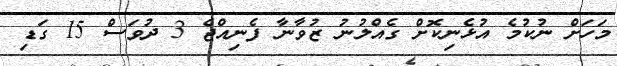
މަހަށް ނުކުމެ އުޅެނިކޮށް ގެއްލުނު ޒުވާނާ ފެނިއްޖެ 3 ދުވަސް 15 ގަޑި